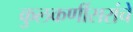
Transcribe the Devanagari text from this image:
कुलकर्णीसरांचे